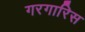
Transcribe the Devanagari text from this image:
गरगारिस